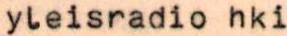
yleisradio hki